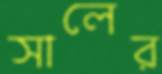
সালের